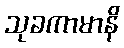
သုခကာမာနိ